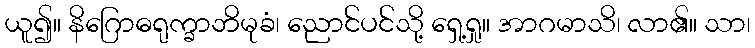
ယူ၍။ နိဂြောဓရုက္ခာဘိမုခံ၊ ညောင်ပင်သို့ ရှေ့ရှု။ အာဂမာသိ၊ လာ၏။ သာ၊